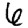
Digit: 6